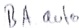
Text: BA.auto